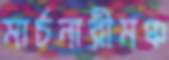
মার্চনারীমঞ্চ